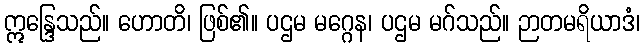
ဣန္ဒြေသည်။ ဟောတိ၊ ဖြစ်၏။ ပဌမ မဂ္ဂေန၊ ပဌမ မဂ်သည်။ ဉာတမရိယာဒံ၊